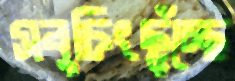
সবুচিংছুঁচ্ছে